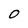
Character: O